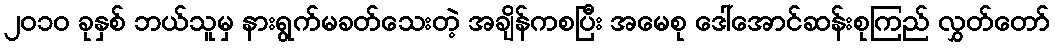
၂၀၁၀ ခုနှစ် ဘယ်သူမှ နားရွက်မခတ်သေးတဲ့ အချိန်ကစပြီး အမေစု ဒေါ်အောင်ဆန်းစုကြည် လွှတ်တော်